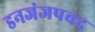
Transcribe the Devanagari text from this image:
डनजंजपवद